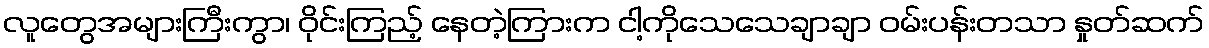
လူတွေအများကြီးကွာ၊ ဝိုင်းကြည့် နေတဲ့ကြားက ငါ့ကိုသေသေချာချာ ဝမ်းပန်းတသာ နှုတ်ဆက်